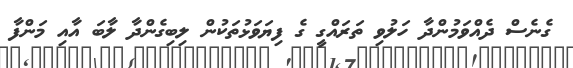
ގެނެސް ދެއްވަމުންދާ ހަލުވި ތަރައްގީ ގެ ފިޔަވަޅުތަކުން ލިބިގެންދާ ލާބަ އާއި މަންފާ